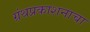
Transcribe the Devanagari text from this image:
ग्रंथप्रकाशनाचा